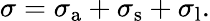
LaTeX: \sigma=\sigma_{\mathrm{a}}+\sigma_{\mathrm{s}}+\sigma_{\mathrm{l}}.